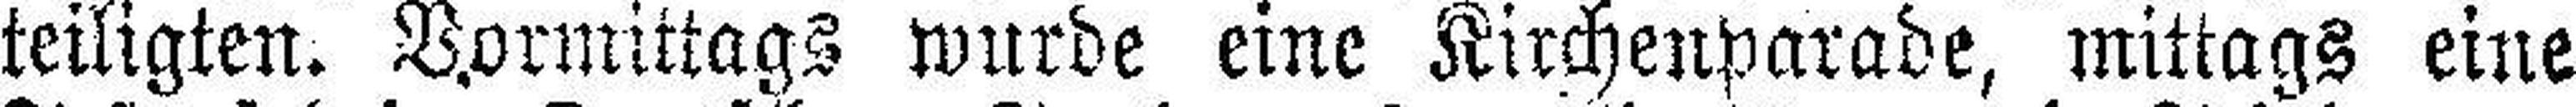
teiligten. Vormittags wurde eine Kirchenparade, mittags eine